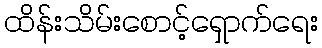
ထိန်းသိမ်းစောင့်ရှောက်ရေး